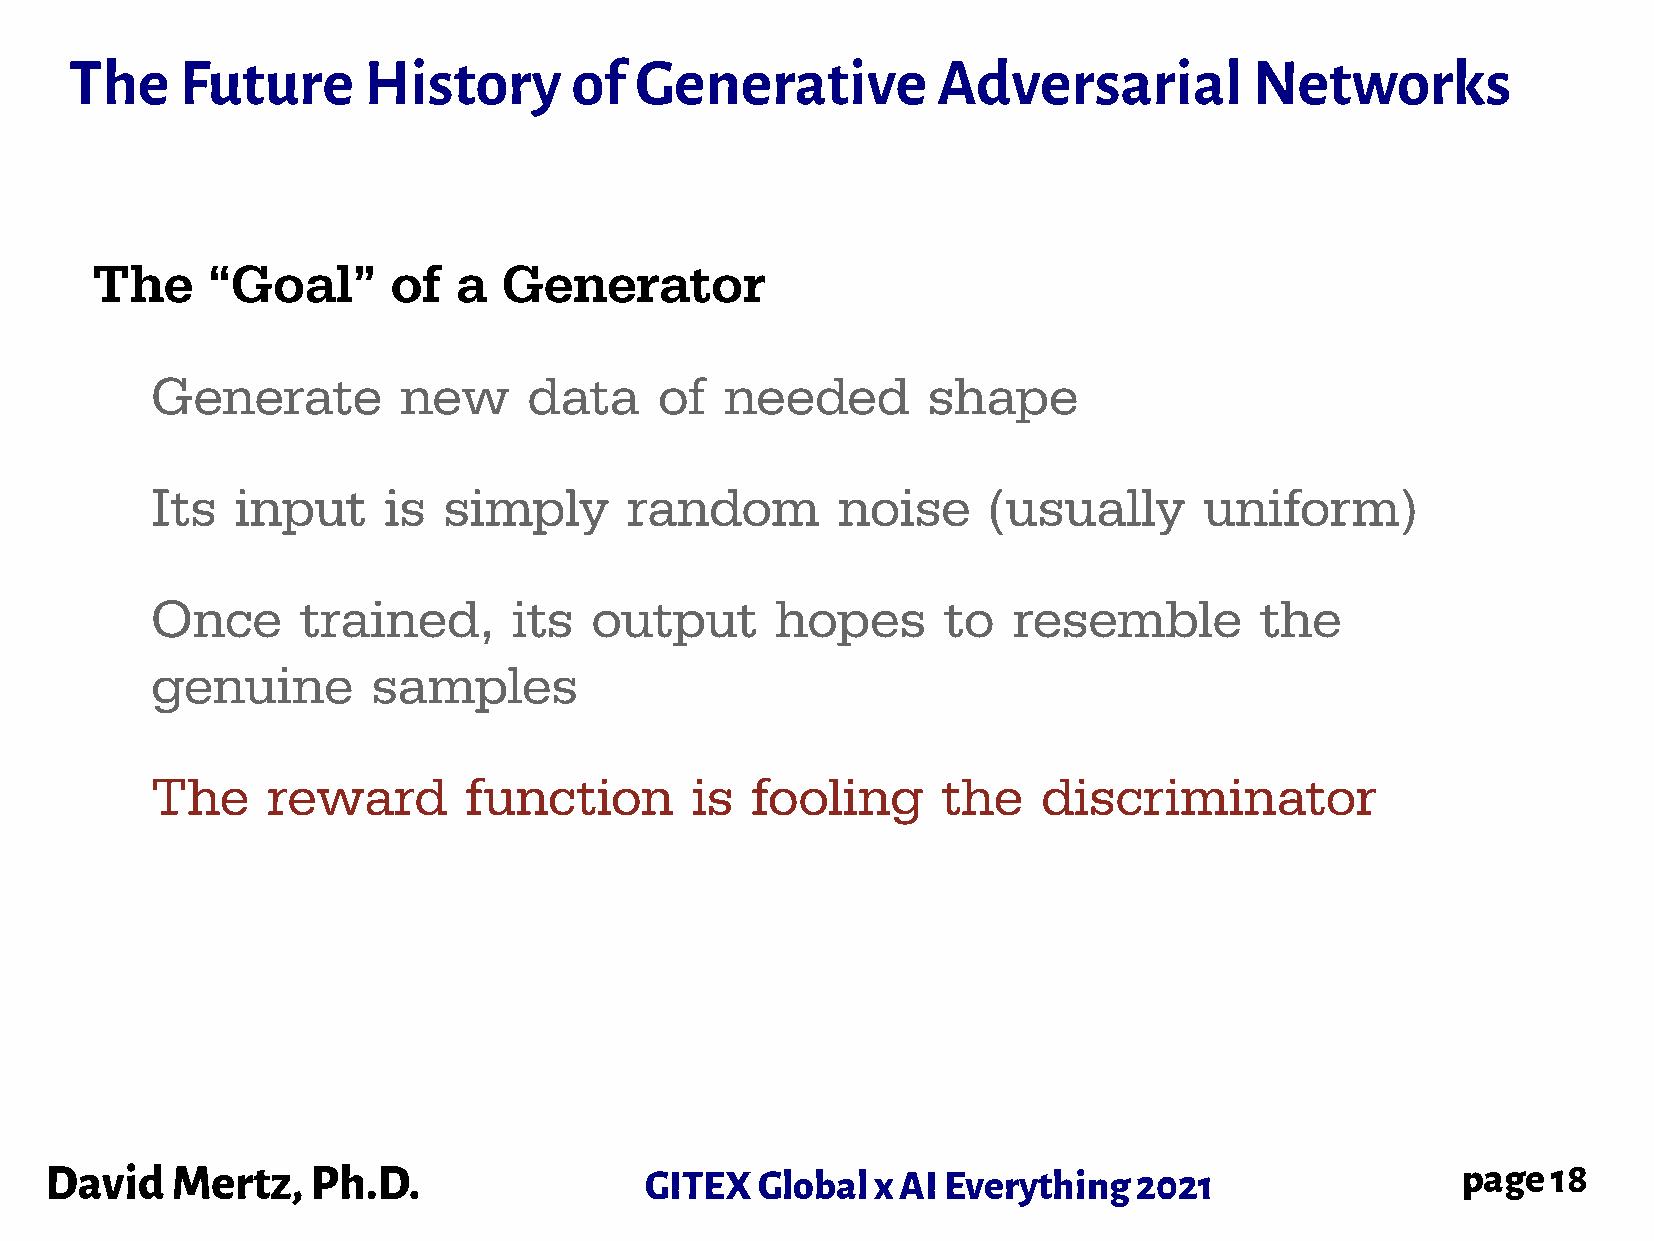
The    Future      History       of  Generative          Adversarial          Networks
 The     “Goal”      of  a  Generator
 Generate         new     data     of  needed       shape
 Its   input    is  simply       random       noise     (usually       uniform)
 Once      trained,      its  output      hopes      to   resemble        the
 genuine        samples
 The     reward       function       is  fooling     the    discriminator
 David   Mertz,    Ph.D.                 GITEX  Global  x AI Everything  2021                  page  18